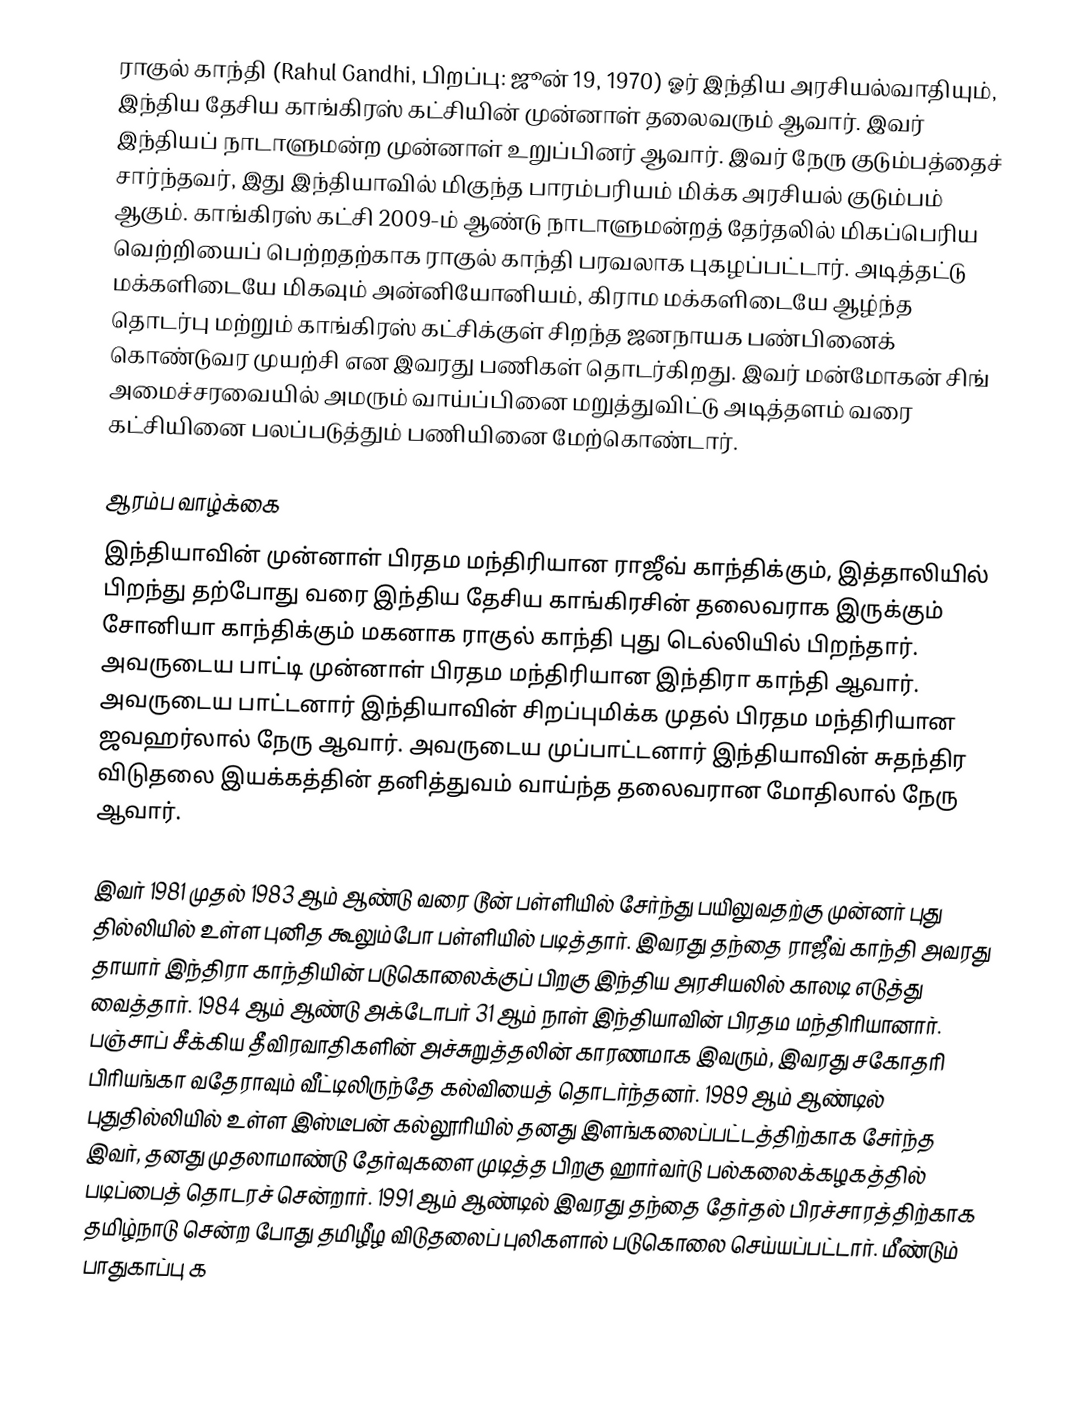
ராகுல் காந்தி (Rahul Gandhi, பிறப்பு: ஜூன் 19, 1970) ஓர் இந்திய அரசியல்வாதியும், இந்திய தேசிய காங்கிரஸ்  கட்சியின் முன்னாள் தலைவரும் ஆவார். இவர் இந்தியப் நாடாளுமன்ற முன்னாள் உறுப்பினர் ஆவார். இவர் நேரு குடும்பத்தைச் சார்ந்தவர், இது இந்தியாவில் மிகுந்த பாரம்பரியம் மிக்க அரசியல் குடும்பம் ஆகும். காங்கிரஸ் கட்சி 2009-ம் ஆண்டு நாடாளுமன்றத் தேர்தலில் மிகப்பெரிய வெற்றியைப் பெற்றதற்காக ராகுல் காந்தி பரவலாக புகழப்பட்டார். அடித்தட்டு மக்களிடையே மிகவும் அன்னியோனியம், கிராம மக்களிடையே ஆழ்ந்த தொடர்பு மற்றும் காங்கிரஸ் கட்சிக்குள் சிறந்த ஜனநாயக பண்பினைக் கொண்டுவர முயற்சி என இவரது பணிகள் தொடர்கிறது. இவர் மன்மோகன் சிங் அமைச்சரவையில் அமரும் வாய்ப்பினை மறுத்துவிட்டு அடித்தளம் வரை கட்சியினை பலப்படுத்தும் பணியினை மேற்கொண்டார்.

ஆரம்ப வாழ்க்கை
இந்தியாவின் முன்னாள் பிரதம மந்திரியான ராஜீவ் காந்திக்கும், இத்தாலியில் பிறந்து தற்போது வரை இந்திய தேசிய காங்கிரசின் தலைவராக இருக்கும் சோனியா காந்திக்கும் மகனாக ராகுல் காந்தி புது டெல்லியில் பிறந்தார். அவருடைய பாட்டி முன்னாள் பிரதம மந்திரியான இந்திரா காந்தி ஆவார். அவருடைய பாட்டனார் இந்தியாவின் சிறப்புமிக்க முதல் பிரதம மந்திரியான ஜவஹர்லால் நேரு ஆவார். அவருடைய முப்பாட்டனார் இந்தியாவின் சுதந்திர விடுதலை இயக்கத்தின் தனித்துவம் வாய்ந்த தலைவரான மோதிலால் நேரு ஆவார்.

இவர் 1981 முதல் 1983 ஆம் ஆண்டு வரை டூன் பள்ளியில் சேர்ந்து பயிலுவதற்கு முன்னர் புது தில்லியில் உள்ள புனித கூலும்போ பள்ளியில் படித்தார். இவரது தந்தை ராஜீவ் காந்தி அவரது தாயார் இந்திரா காந்தியின் படுகொலைக்குப் பிறகு இந்திய அரசியலில் காலடி எடுத்து வைத்தார். 1984 ஆம் ஆண்டு அக்டோபர் 31 ஆம் நாள் இந்தியாவின் பிரதம மந்திரியானார். பஞ்சாப் சீக்கிய தீவிரவாதிகளின் அச்சுறுத்தலின் காரணமாக இவரும், இவரது சகோதரி பிரியங்கா வதேராவும் வீட்டிலிருந்தே கல்வியைத் தொடர்ந்தனர். 1989 ஆம் ஆண்டில் புதுதில்லியில் உள்ள இஸ்டீபன் கல்லூரியில் தனது இளங்கலைப்பட்டத்திற்காக சேர்ந்த இவர், தனது முதலாமாண்டு தேர்வுகளை முடித்த பிறகு ஹார்வர்டு பல்கலைக்கழகத்தில் படிப்பைத் தொடரச் சென்றார். 1991 ஆம் ஆண்டில் இவரது தந்தை தேர்தல் பிரச்சாரத்திற்காக தமிழ்நாடு சென்ற போது தமிழீழ விடுதலைப் புலிகளால் படுகொலை செய்யப்பட்டார். மீண்டும் பாதுகாப்பு க